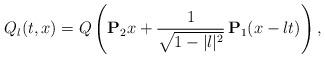
LaTeX: \begin{align*} Q_l(t,x) = Q\left(\mathbf{P}_2 x + \frac{1}{\sqrt{1-|l|^2}} \, \mathbf{P}_1 (x-lt)\right),\end{align*}